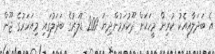
އެ ބަދަލާއިއެކު ކުރިން މީހަކަށް ދޫކުރަމުންދިޔަ 200 ޑޮލަރުގެ ބަދަލުގައި މިއަހަރުގެ ޖޫން